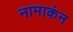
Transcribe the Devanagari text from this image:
नामाकंन